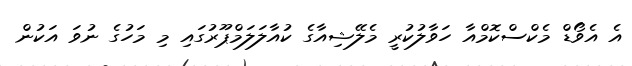
އެ އެވޯޑް މެކްސްކޮމްއާ ހަވާލުކުރީ މެލޭޝިއާގެ ކުއާލަލަމްޕޫރުގައި މި މަހުގެ ނުވަ އަކުން